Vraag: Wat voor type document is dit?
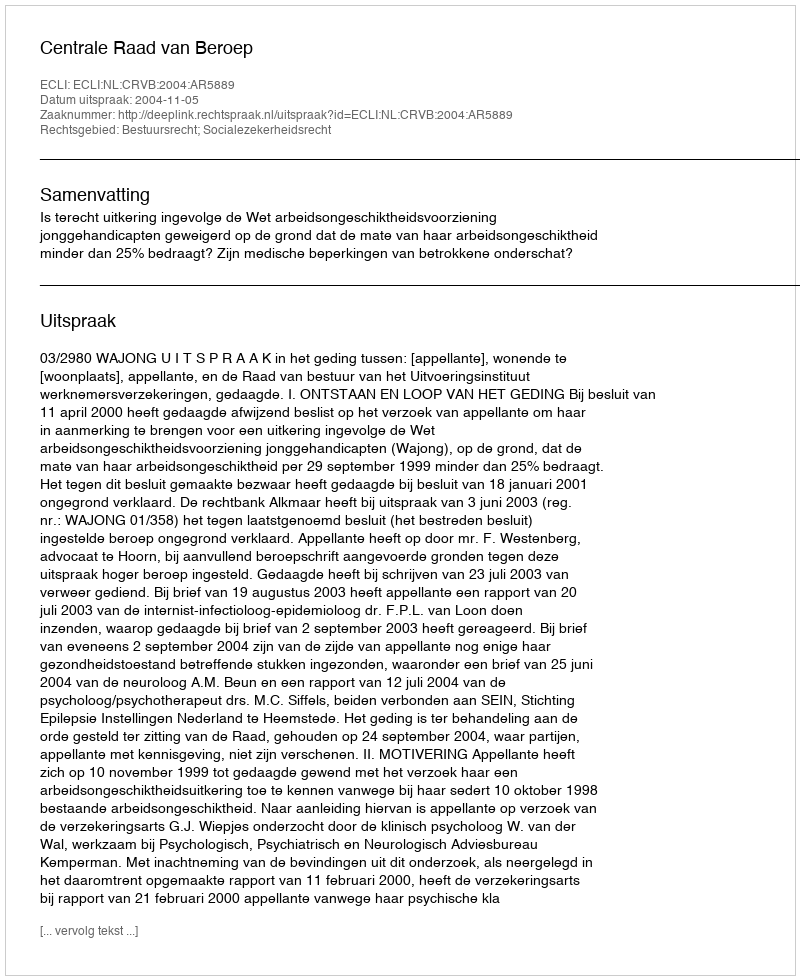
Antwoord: Uitspraak